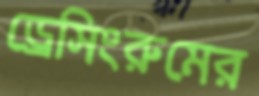
ড্রেসিংরুমের